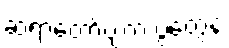
ဆရာတော်ပျံက ပွဲတွေနဲ့